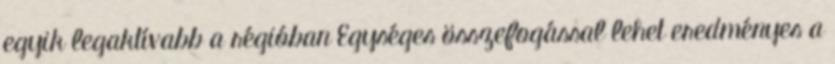
egyik legaktívabb a régióban Egységes összefogással lehet eredményes a